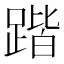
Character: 𲃱